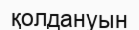
қолдануын